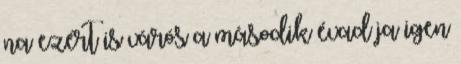
na ezért is várós a második évad ja igen